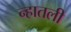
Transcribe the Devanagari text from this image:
न्हातली